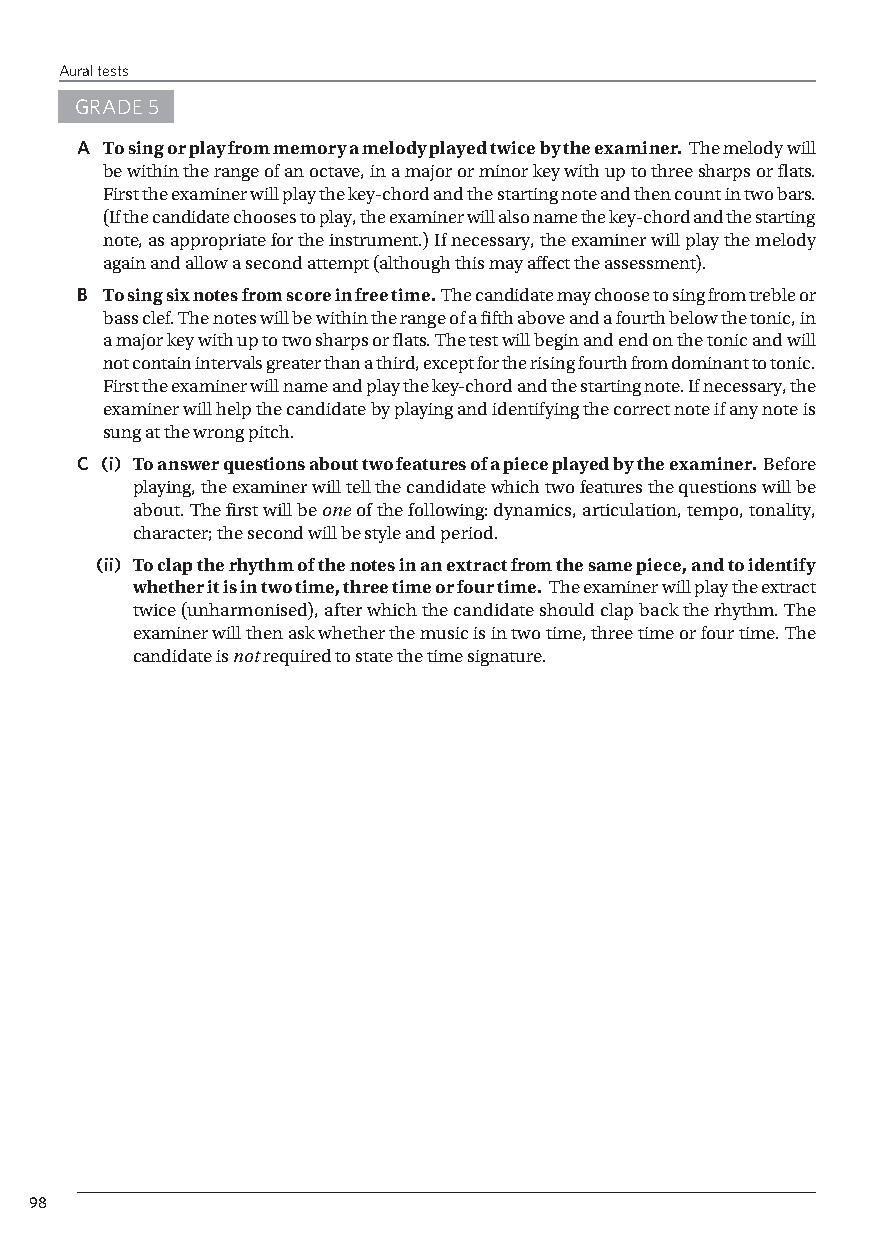
Aural tests
 GRADE 5
 A To sing or play from memory a melody played twice by the examiner. The melody will
 be within the range of an octave, in a major or minor key with up to three sharps or flats.
 First the examiner will play the key-chord and the starting note and then count in two bars.
 (If the candidate chooses to play, the examiner will also name the key-chord and the starting
 note, as appropriate for the instrument.) If necessary, the examiner will play the melody
 again and allow a second attempt (although this may affect the assessment).
 B To sing six notes from score in free time. The candidate may choose to sing from treble or
 bass clef. The notes will be within the range of a fifth above and a fourth below the tonic, in
 a major key with up to two sharps or flats. The test will begin and end on the tonic and will
 not contain intervals greater than a third, except for the rising fourth from dominant to tonic.
 First the examiner will name and play the key-chord and the starting note. If necessary, the
 examiner will help the candidate by playing and identifying the correct note if any note is
 sung at the wrong pitch.
 C (i) To answer questions about two features of a piece played by the examiner. Before
 playing, the examiner will tell the candidate which two features the questions will be
 about. The first will be one of the following: dynamics, articulation, tempo, tonality,
 character; the second will be style and period.
 (ii) To clap the rhythm of the notes in an extract from the same piece, and to identify
 whether it is in two time, three time or four time. The examiner will play the extract
 twice (unharmonised), after which the candidate should clap back the rhythm. The
 examiner will then ask whether the music is in two time, three time or four time. The
 candidate is not required to state the time signature.
 98